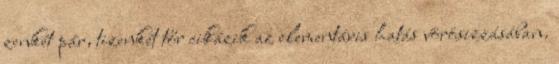
zenkét pár, tizenkét tőr cikázik az elementáris hatás vörösizzásában.